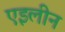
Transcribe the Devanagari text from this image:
एइलीन